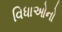
વિધાઓનો